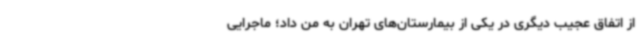
از اتفاق عجیب دیگری در یکی از بیمارستان‌های تهران به من داد؛ ماجرایی